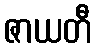
ဇာယတီ